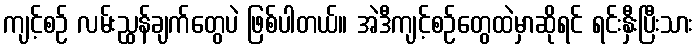
ကျင့်စဉ် လမ်းညွှန်ချက်တွေပဲ ဖြစ်ပါတယ်။ အဲဒီကျင့်စဉ်တွေထဲမှာဆိုရင် ရင်းနှီးပြီးသား